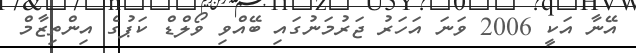
އޭނާ އަކީ 2006 ވަނަ އަހަރު ޖަރުމަނުގައި ބޭއްވި ވޯލްޑް ކަޕުގެ އިންތިޒާމް